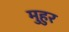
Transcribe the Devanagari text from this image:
मुहुर